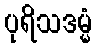
ပုရိသဒမ္မံ